Annual administration report of the Civil Veterinary Department of India - 1896-1897
Year: 1896
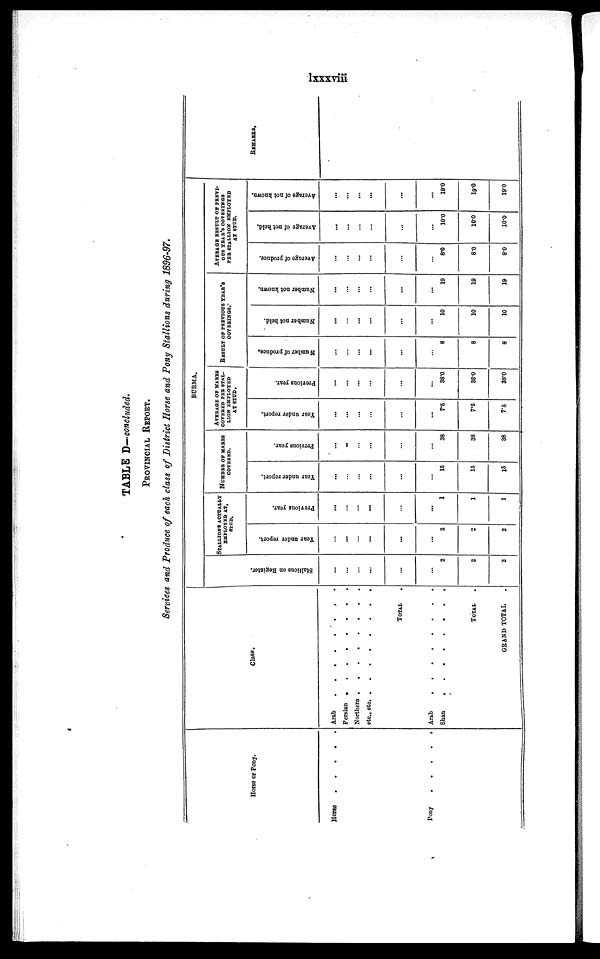
lxxxviii
TABLE D—concluded.
PROVINCIAL REPORT.
Services and Produce of each class of District Horse and Pony Stallions during 1896-97.
Horse or Pony.
Horse
.
.
.
.
.
Pony . . . . .
Class.
Arab . . . . . . . .
Persian . . . . . . . .
Northern .
. . . . . . .
etc., etc. .
.
.
.
.
.
.
TOTAL .
Arab . . . . . . . .
Shan . . . . . . . .
TOTAL .
GRAND TOTAL .
BURMA.
Stallions on Regi s t
er.
...
...
...
...
...
...
2
2
2
STALLIONS ACTUALLY
EMPLOYED AT,
STUD.
Year under report.
...
...
...
...
...
...
2
2
2
Previous year.
...
...
...
...
...
...
1
1
1
NUMBER OF MARES
COVERED.
Year under report.
...
...
...
...
...
...
15
15
15
Previous year.
...
..
...
...
...
...
38
38
38
AVERAGE OF MARES
COVERED PER STAL-
LION EMPLOYED
AT STUD.
Year under report.
...
...
...
...
...
...
7.5
7.5
7.5
Previous year.
...
...
...
...
...
...
38.0
38.0
38.0
RESULT OF PERVIOUS YEAR'S
COVERINGS.
Number of produce.
...
...
...
...
...
...
8
8
8
Number not held.
...
...
...
...
...
...
10
10
10
Number not known.
...
...
...
...
...
...
19
19
19
AVERAGE RESULT OF PREVI-
OUS YEAR'S COVERINGS
PER STALLION EMPLOYED
AT STUD.
Average of produce.
...
...
...
...
...
...
8.0
8.0
80
Average of met held.
...
...
...
...
...
...
10.0
10.0
10.0
Average of not known.
...
...
...
...
...
...
19.0
19.0
19.0
REMARKS.